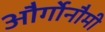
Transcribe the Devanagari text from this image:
और्गोनौमी